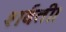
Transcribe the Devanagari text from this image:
शर्बती।